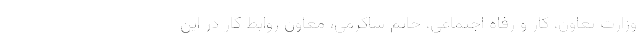
وزارت تعاون، کار و رفاه اجتماعی، حاتم شاکرمی، معاون روابط کار در این